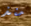
منذ